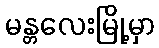
မန္တလေးမြို့မှာ